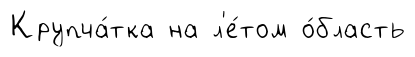
Крупча́тка на л'е́том о́бласть